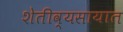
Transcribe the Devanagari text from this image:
शेतीव्यसायात